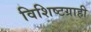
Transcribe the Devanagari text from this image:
विशिष्टग्राही